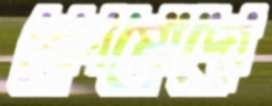
কোমোদো